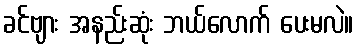
ခင်ဗျား အနည်းဆုံး ဘယ်လောက် ပေးမလဲ။